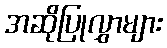
အဆိုပြုလွှာများ